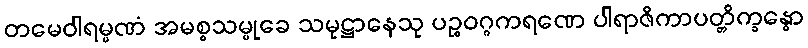
တမေဝါရမ္မဏံ အမစ္စသမ္မုခေ သမုဋ္ဌာနေသု ပဉ္စဝဂ္ဂကရဏေ ပါရာဇိကာပတ္တိက္ခန္ဓော